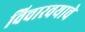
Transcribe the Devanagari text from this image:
विचारवयाचे